Lunatic asylums Bombay report 1878-1890 - 1878-1890
Year: 1878
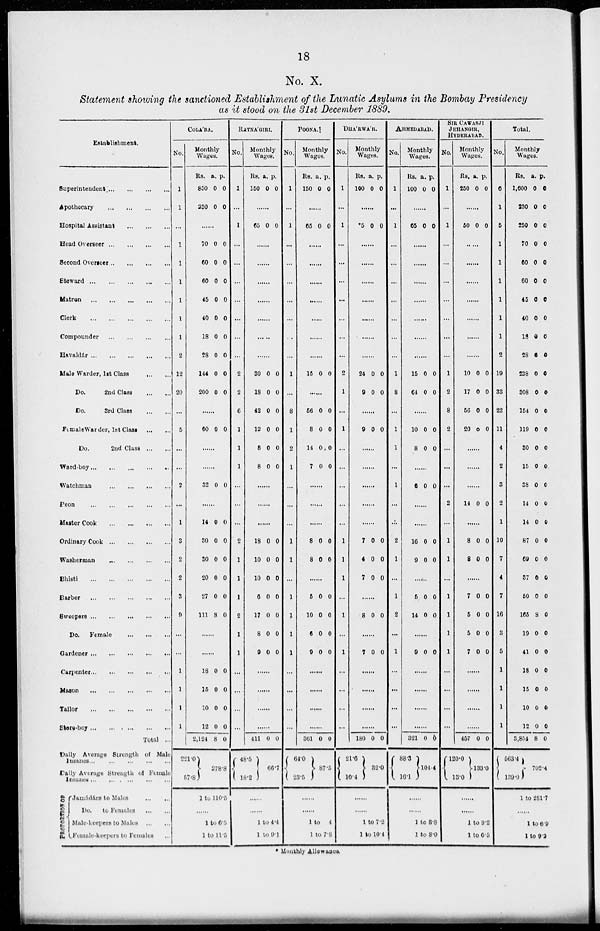
18
No. X.
Statement showing the sanctioned Establishment of the Lunatic Asylums in the Bombay Presidency
as it stood on the 31st December 1889.
Establishment.
Superintendent ... ... ... ...
Apothecary ... ... ... ...
Hospital Assistant ... ... ...
Head Overseer ... ... ... ...
Second Overseer ... ... ... ...
Steward ... ... ... ... ...
Matron ... ... ... ... ...
Clerk ... ... ... ... ...
Compounder ... ... ... ...
Havaldár ... ... ... ... ...
Male Warder, 1st Class ... ...
Do.
2nd Class ... ...
Do.
3rd Class ... ...
FemaleWarder, 1st Class ... ...
Do.
2nd Class ... ...
Ward-boy ... ... ... ... ...
Watchman ... ... ... ...
Peon ... ... ... ... ...
Master Cook ... ... ... ...
Ordinary Cook ... ... ... ...
Washerman ... ... ... ...
Bhisti ... ... ... ... ...
Barber ... ... ... ... ...
Sweepers ... ... ... ... ...
Do. Female ... ... ...
Gardener ... ... ... ... ...
Carpenter ... ... ... ... ...
Mason ... ... ... ... ...
Tailor ... ... ... ... ...
Store-boy ... ... ... ... ...
Total ...
Daily Average Strength of Male
Insanes ... ... ... ... ...
Daily Average Strength of Female
Insanes ... ... ... ... ... ...
PROPORTION OF
Jumádárs to Males ... ...
Do.
to Females ... ...
Male-keepers to Males ... ...
Female-keepers to Females ...
COLA' BA.
No.
1
1
...
1
1
1
1
1
1
2
12
20
...
5
...
...
2
...
1
3
2
2
3
9
...
...
1
1
1
1
Monthly
Wages.
Rs.
850
230
a.
0
0
p.
0
0
......
70
60
60
45
40
18
28
144
200
0
0
0
0
0
0
0
0
0
0
0
0
0
0
0
0
0
0
......
60 0 0
......
......
32 0 0
......
14
30
30
20
27
111
0
0
0
0
0
8
0
0
0
0
0
0
......
......
18
15
10
12
2,124
221.0
57.8
0
0
0
0
8
0
0
0
0
0
278.8
1 to 110.5
......
1 to 6.5
1 to 11.5
RATNA' GIRI.
No.
1
...
1
...
...
...
...
...
...
...
2
2
6
1
1
1
...
...
...
2
1
1
1
2
1
1
...
...
...
...
Monthly
Wages.
Rs.
150
a.
0
p.
0
......
65 0 0
......
......
......
......
......
......
......
30
18
42
12
8
8
0
0
0
0
0
0
0
0
0
0
0
0
......
......
......
18
10
10
6
17
8
9
0
0
0
0
0
0
0
0
0
0
0
0
0
0
......
......
......
......
411
48.5
18.2
0 0
66.7
......
......
1 to 4.4
1 to 9.1
POONA.
No.
1
...
1
...
...
...
...
...
...
...
1
...
8
1
2
1
...
...
...
1
1
...
1
1
1
1
...
...
...
...
Monthly
Wages.
Rs.
150
a.
0
p.
0
......
65 0 0
......
......
......
......
......
......
......
15 0 0
......
56
8
14
7
0
0
0
0
0
0
0
0
......
......
......
8
8
0
0
0
0
......
5
10
6
9
0
0
0
0
0
0
0
0
......
......
......
......
361
64.0
23.5
0 0
87.5
......
......
1 to 4
1 to 7.8
DHA' RWA' R.
No.
1
...
1
...
...
...
...
...
...
...
2
1
...
1
...
...
...
...
...
1
1
1
...
1
...
1
...
...
...
...
Monthly
Wages.
Rs.
100
a.
0
p.
0
......
5 0 0
......
......
......
......
......
......
......
24
9
0
0
0
0
......
9 0 0
......
......
......
......
......
7
4
7
0
0
0
0
0
0
......
8 0 0
......
7 0 0
......
......
......
......
180
21.6
10.4
0 0
32.0
......
......
1 to 7.2
1 to 10.4
AHMEDABAD.
No.
1
...
1
...
...
...
...
...
...
...
1
8
...
1
1
...
1
...
...
2
1
...
1
2
...
1
...
...
...
...
Monthly
Wages.
Rs.
100
a.
0
p.
0
......
65 0 0
......
......
......
......
......
......
......
15
64
0
0
0
0
......
10
8
0
0
0
0
......
6 0 0
......
......
16
9
0
0
0
0
5
14
0
0
0
0
......
9 0 0
......
......
......
......
321
88.3
16. 1
0 6
104.4
......
......
1 to 8.8
1 to 8.0
SIR CAWASJI
JEHANGIR,
HYDERABAD.
No.
1
...
1
...
...
...
...
...
...
...
1
2
8
2
...
...
...
2
...
1
1
...
1
1
1
1
...
...
...
...
Monthly
Wages.
Rs.
250
a.
0
p.
0
......
50 0 0
......
......
......
......
......
......
......
10
17
56
20
0
0
0
0
0
0
0
0
......
......
......
14 0 0
......
8
8
0
0
0
0
......
7
5
5
7
0
0
0
0
0
0
0
0
......
......
......
......
457
120.0
13.0
0 0
133.0
......
......
1 to 9.2
1 to 6.5
Total.
No.
6
1
5
1
1
1
1
1
1
2
19
33
22
11
4
2
3
2
1
10
7
4
7
16
3
5
1
1
1
1
Monthly
Wages.
Rs.
1,600
230
250
70
60
60
45
40
18
28
238
308
154
119
30
15
38
14
14
87
69
37
50
165
19
41
18
15
10
12
3,854
563.4
139.0
a.
0
0
0
0
0
0
0
0
0
6
0
0
0
0
0
0
0
0
0
0
0
0
0
3
0
0
0
0
0
0
8
p.
0
0
0
0
0
0
0
0
0
0
0
0
0
0
0
0
0
0
0
0
0
0
0
0
0
0
0
0
0
0
0
702.4
1 to 281.7
......
1 to 6.9
1 to 9.2
* Monthly Allowance.